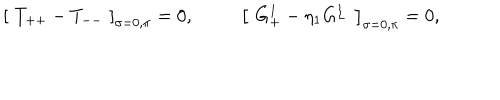
\left[ \, \, T _ { + + } - T _ { -- } \, \, \right] _ { \sigma = 0 , \pi } = 0 , \, \, \, \, \, \, \, \, \, \, \, \, \, \, \, \left[ \, \, G _ { + } ^ { 1 } - \eta _ { 1 } G _ { - } ^ { 1 } \, \, \right] _ { \sigma = 0 , \pi } = 0 ,